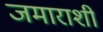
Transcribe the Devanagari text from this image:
जमाराशी